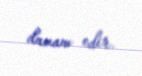
davam edir.